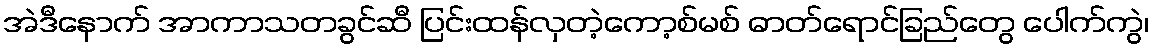
အဲဒီနောက် အာကာသတခွင်ဆီ ပြင်းထန်လှတဲ့ကော့စ်မစ် ဓာတ်ရောင်ခြည်တွေ ပေါက်ကွဲ၊